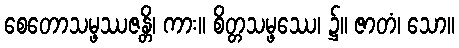
စေတောသမ္ဖဿဇန္တိ၊ ကား။ စိတ္တသမ္ဖဿေ၊ ၌။ ဇာတံ၊ သော။